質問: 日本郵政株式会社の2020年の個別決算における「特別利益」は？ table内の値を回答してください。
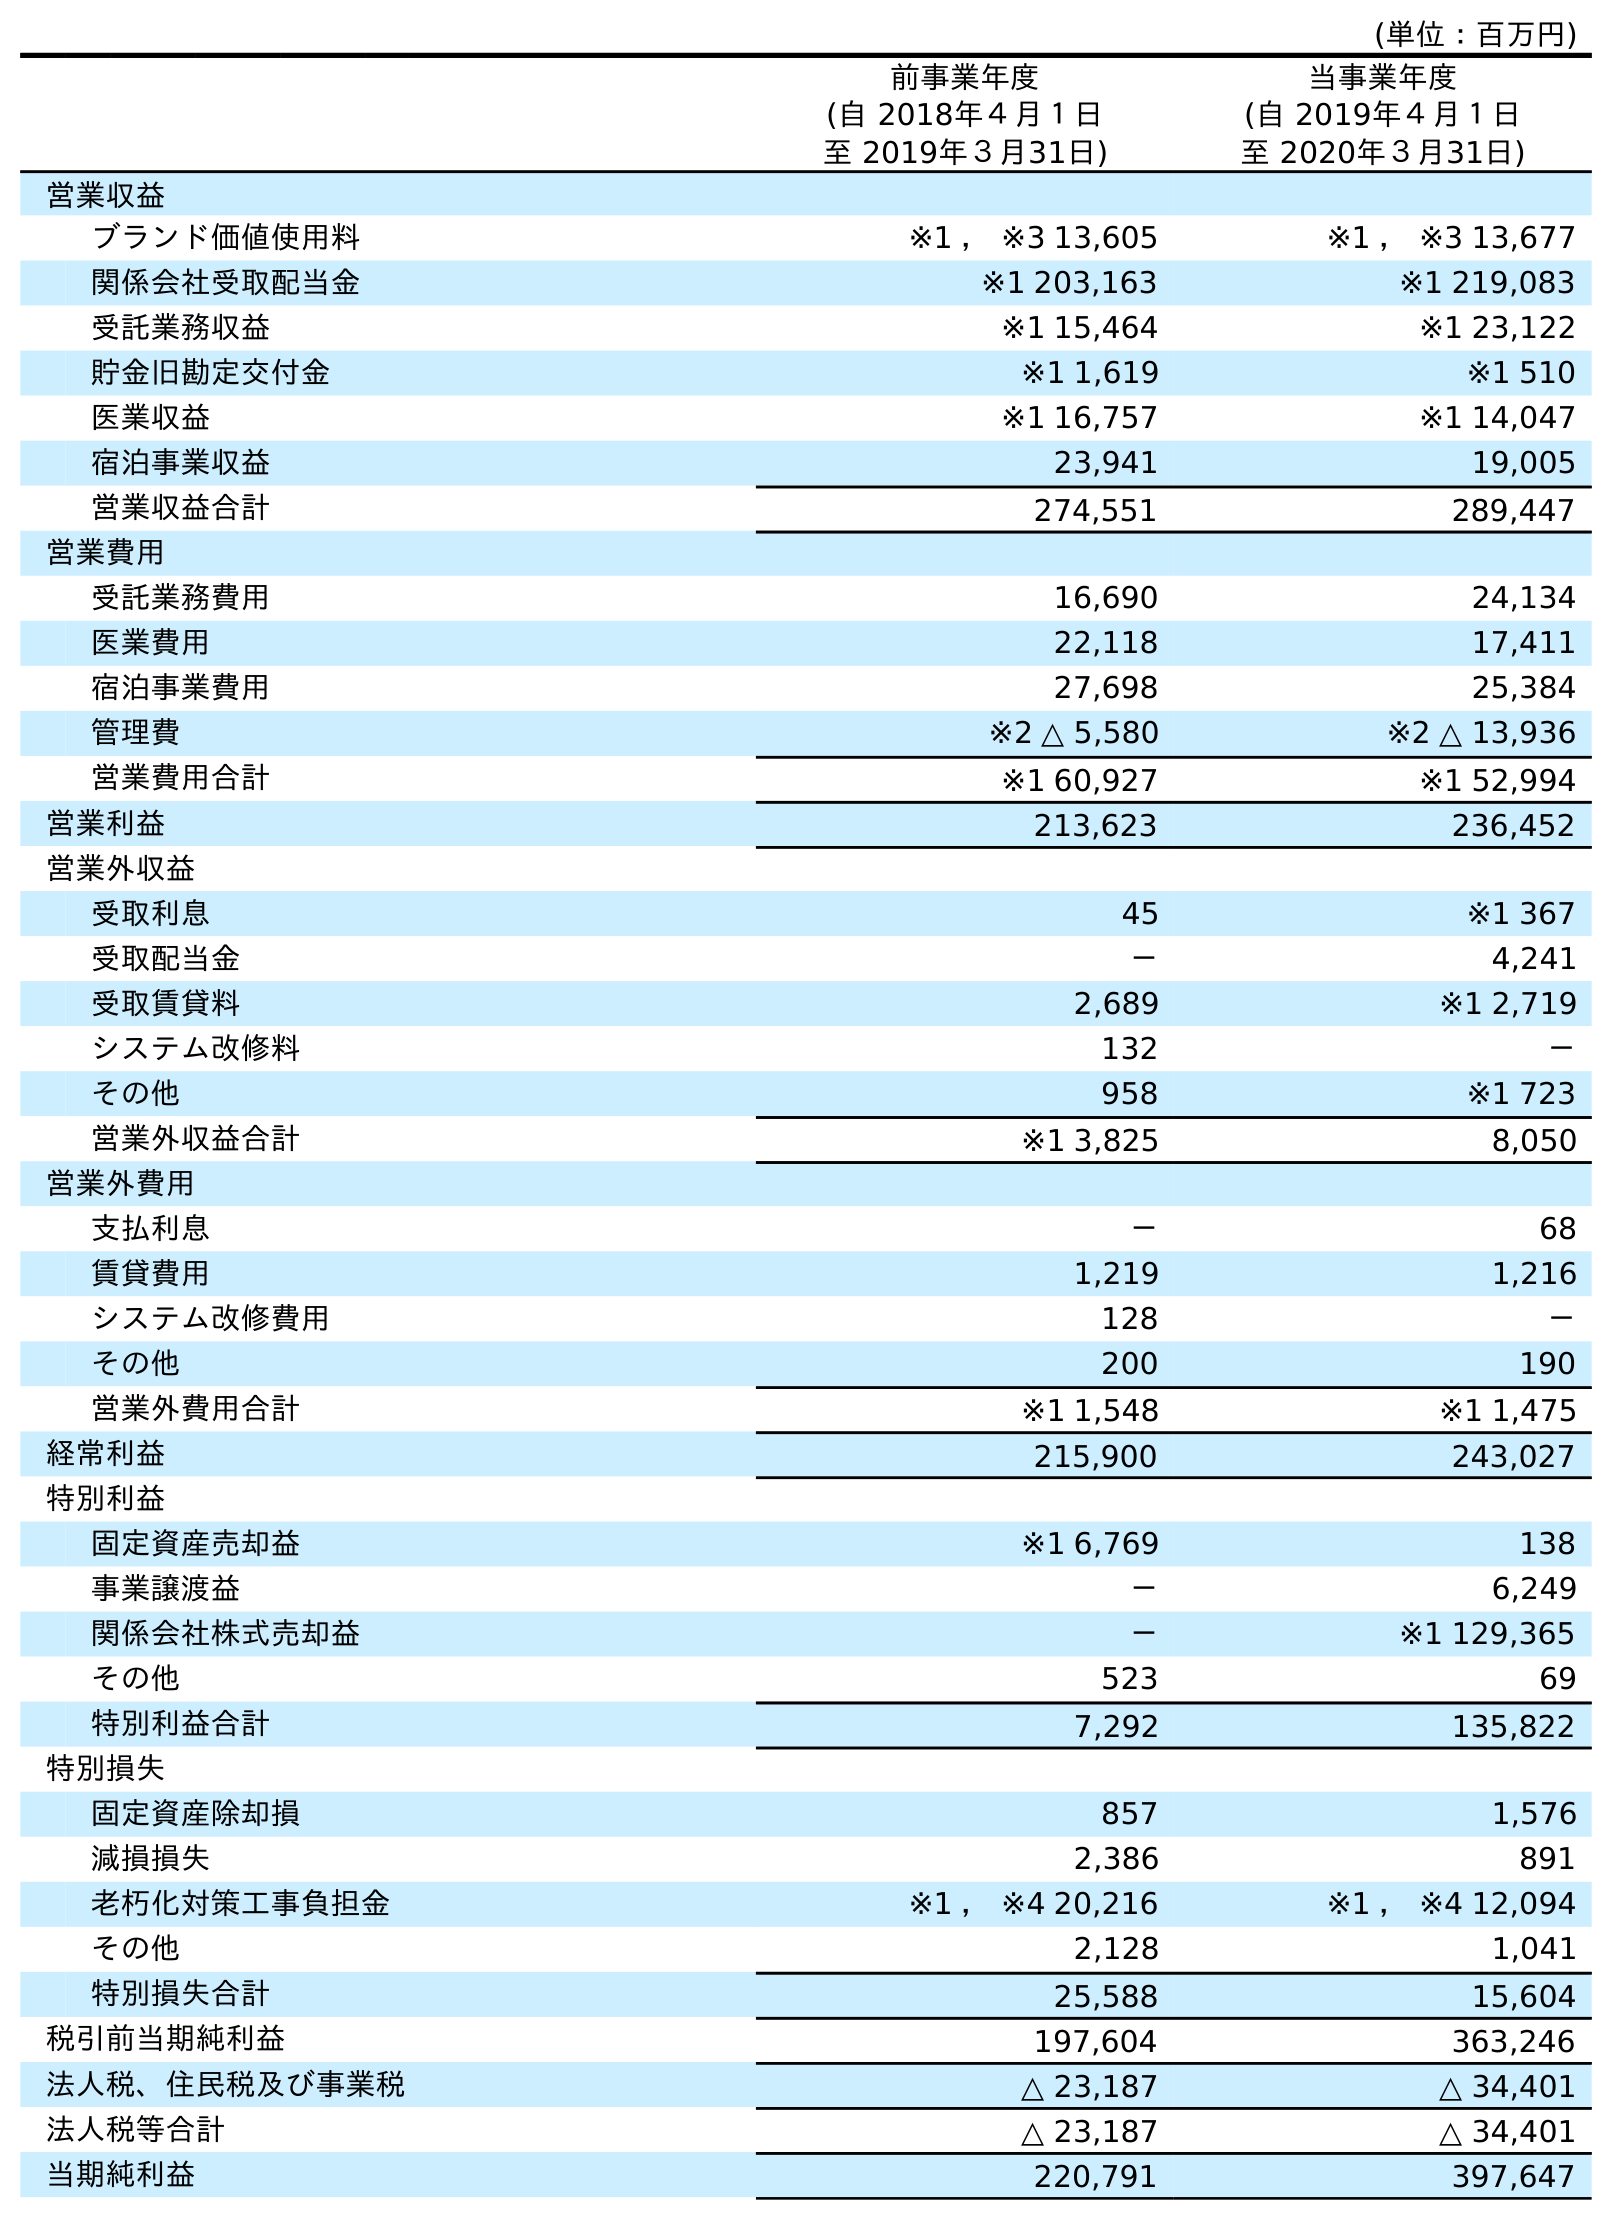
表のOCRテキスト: (単位：百万円) 前事業年度 (自 2018年４月１日 至 2019年３月31日) 当事業年度 (自 2019年４月１日 至 2020年３月31日) 営業収益 ブランド価値使用料 ※1 ， ※3 13,605 ※1 ， ※3 13,677 関係会社受取配当金 ※1 203,163 ※1 219,083 受託業務収益 ※1 15,464 ※1 23,122 貯金旧勘定交付金 ※1 1,619 ※1 510 医業収益 ※1 16,757 ※1 14,047 宿泊事業収益 23,941 19,005 営業収益合計 274,551 289,447 営業費用 受託業務費用 16,690 24,134 医業費用 22,118 17,411 宿泊事業費用 27,698 25,384 管理費 ※2 △ 5,580 ※2 △ 13,936 営業費用合計 ※1 60,927 ※1 52,994 営業利益 213,623 236,452 営業外収益 受取利息 45 ※1 367 受取配当金 － 4,241 受取賃貸料 2,689 ※1 2,719 システム改修料 132 － その他 958 ※1 723 営業外収益合計 ※1 3,825 8,050 営業外費用 支払利息 － 68 賃貸費用 1,219 1,216 システム改修費用 128 － その他 200 190 営業外費用合計 ※1 1,548 ※1 1,475 経常利益 215,900 243,027 特別利益 固定資産売却益 ※1 6,769 138 事業譲渡益 － 6,249 関係会社株式売却益 － ※1 129,365 その他 523 69 特別利益合計 7,292 135,822 特別損失 固定資産除却損 857 1,576 減損損失 2,386 891 老朽化対策工事負担金 ※1 ， ※4 20,216 ※1 ， ※4 12,094 その他 2,128 1,041 特別損失合計 25,588 15,604 税引前当期純利益 197,604 363,246 法人税、住民税及び事業税 △ 23,187 △ 34,401 法人税等合計 △ 23,187 △ 34,401 当期純利益 220,791 397,647
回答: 135,822